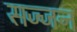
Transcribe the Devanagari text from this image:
सज्‍जन